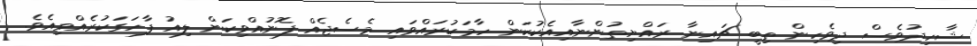
ޝާހިދުވެސް ދިވެހިން ތިބީ ޗައިނާ ރައްޔިތުންނާއިއެކުކަން ހާމަކުރައްވައި މެސެޖެއް ފޮނުއްވިކަން ލިއު ފާހަގަކުރެއްވިއެވެ.